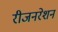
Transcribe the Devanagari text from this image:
रीजनरेशन